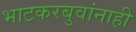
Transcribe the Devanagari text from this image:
भाटकरबुवांनाही